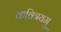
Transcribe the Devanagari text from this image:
कवित्रयमु